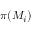
\pi ( { \cal M } _ { i } )